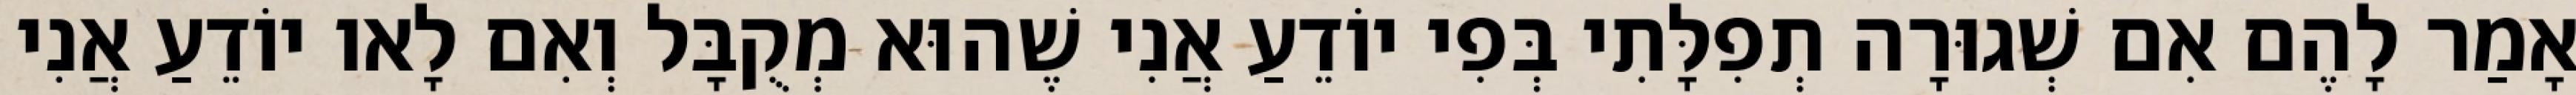
אָמַר לָהֶם אִם שְׁגוּרָה תְפִלָּתִי בְּפִי יוֹדֵעַ אֲנִי שֶׁהוּא מְקֻבָּל וְאִם לָאו יוֹדֵעַ אֲנִי